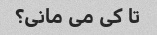
تا کی می مانی؟